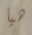
هيا